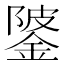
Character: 𨧦